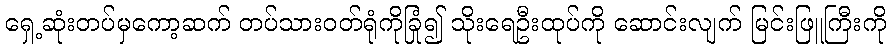
ရှေ့ဆုံးတပ်မှကော့ဆက် တပ်သားဝတ်ရုံကိုခြုံ၍ သိုးရေဦးထုပ်ကို ဆောင်းလျက် မြင်းဖြူကြီးကို